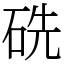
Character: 𥑻